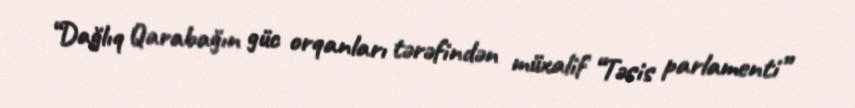
“Dağlıq Qarabağın güc orqanları tərəfindən müxalif “Təsis parlamenti”